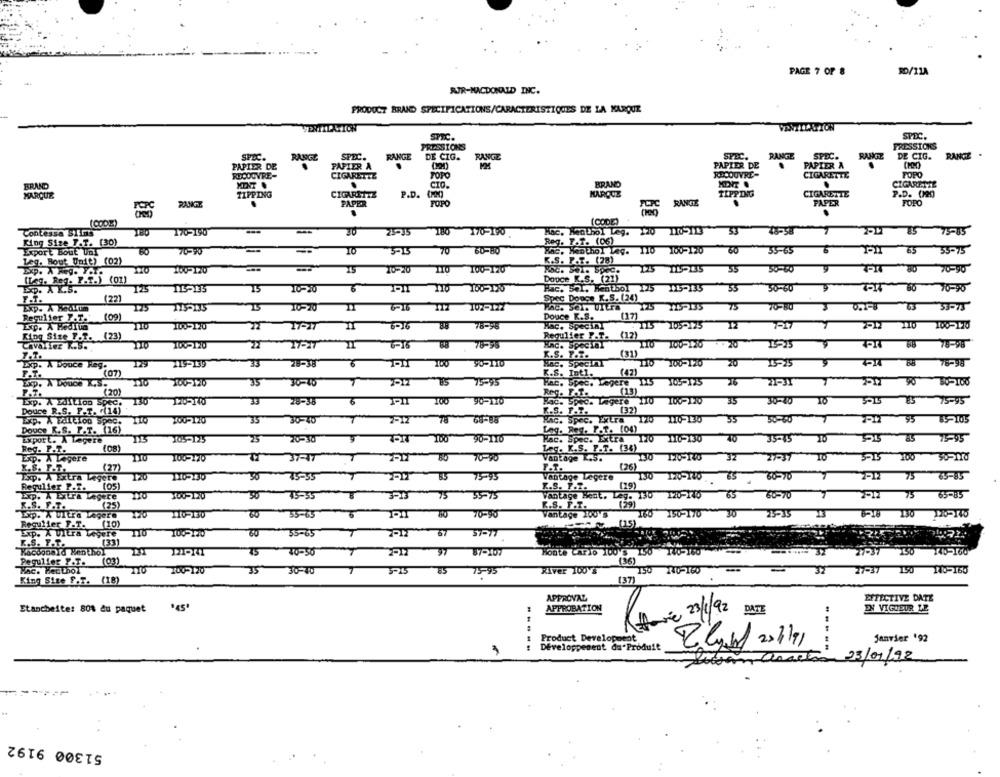
PAGE 7 OF 8
RD/11A
RJR-MACDONALD INC.
PRODUCT BRAND SPECIFICATIONS/CARACTERISTIQUES DE LA MARQUE
SPIC.
SPEC.
PRESSIONS
PRESSIONS
SPEC.
RANGE
SPEC.
RANGE
DE CIG.
RANGE
SPEC.
RANGE
SPEC.
RANGE
DE CIG.
RANGE
MM
PAPIER DE
PAPIER A
PAPIER DE
PAPIER A
RECOUVRE-
CIGARETTE
TOPO
RECOUVRE-
CIGARETTE
POPO
BRAND
.
CIO.
BRAND
CIGARETTE
MARQUE
TIPPING
CIGARETTE
P.D.
TIPPING
CIGARETTE
P.D. (1220)
PAPER
FORO
RANGE
PAPER
FORO
RANGI
(CODE)
(CODE)
Contessa SIin5
170-190
30
25-35
180 170-190
Hac, Menthol Leg. 220 105113 53 48-58
48-58
-
PH 85 75-85
King Size T.T. (30)
Reg. T.T. (06)
Export Bout Uni
70
33-75
70-20
10
60-80
Kac, Menthol Leg. 110 100-120 60 55-65
35-65
65
Leg. Bout Unit) (02)
K.S. P.T. (28)
100-120
10-20
100-120
225 115-35 55 50-60
30-50
PI1 30 70-90
(Leg, Reg. F.T.) (01)
Dopce K.S. (21)
T25
-35
30-60
EXP. A K.S.
113-135
15
10-20
110 100-120
Pac. SOL, Hentbol 125 115-135
T-14 60 10-90
F.T.
(22)
Spec Dooge K.S. (24)
Exp. A Medium
115-135
TS
6-15
102-127
HAč. Sel. Ultra 125 115-135
75
70-80
0.75-8 63 33-15
Regulier P.T.
(09]
Douce R.S.
(17)
100-120
78-96
Mac. Special
115 105-125 12
7-12 110
King Size F.T. (23)
Regulier P.T. (12)
Cavalier K.S.
100-120
17-27
78-95
Enc. Special
110 100-120 . 20
FIN 88 78-98
K.S. P.T.
(31)
Exp. A Douce Reg.
119-139
33
78-38
TOO
90-110
Bac, Speckh
110 100-120 20
15-15
PJ 68 78-98
F.T.
(07)
K.S. Int1.
(42)
35
Exp. A Douce K.S.
100-120
30-40
75-95
Hac. Spec. Legere 115 105-125 16
P.T.
(20)
Reg. F.T.
(13)
Exp. A Edition Spec.
33
28-38
6
100
90-110
Bad. Spec. Legere 110 10%-120
35
30-10
3015 85 15-95
Douce R.S. F.T. +(14)
K.S. F.T.
T.
(37)
Exp. A Faleion spec.
75
68-88
Nac. Spec. Extra 120 10-130 35
30-30
2013 95
5-105
ZOU-120
35 30-40
Douce K.S. P.T. (16)
Lag. Reg. F.T. (04)
Export. A Legere
105-125
25
20-30
90-110
Hac. Spec. Extra 120 116-130 10
35-15
355 85 15-95
Reg. P.T.
(08)
Leg. K.S. P.T. (34)
Exp. A Legere
100-120
1 37-47 7
50
70-80
Vantage K.S.
30 17-140 32
27-37 10
10
5515 100 50-110
x.S. F.T.
(27)
-
Exp. A Extra Legere
120
110-130
30 75-35
75-95
Vantage Legere
130 120-140 65 60-70 1
2-12 75 65-85
Regulier P.T.
(os)
K.S. P.T.
(29)
Exp. A Extra Legere
50 45-55
75
75 55-15
vantage Beat. Leg. 130 120-140 65 60-70 7
2-12 75 65-85
K.S. F.T.
(25)
K.S. F.T.
Exp. A Ultra Legere
110-130
vantage 100's
13
230
8 55-65
80 70-90
460 150-170 30 23-35 13
Regulier F.T.
(15)
Exp. A UItra Legere
100-120
60 55-65
37
5-77.
K.S. P.T.
(33)
Macdonald Nen thol
DT
75
40-50
87-107
Honte Cario 100's 150 140-150
27-37 350 140-160
Pegulier P.T.
(36)
T
Tac. Hecthol
100-120
35 30-40
75-95
Kiver 100'S
150 240-160
--
27-37 150 110-165
King Size F.F. (18)
(37)
APPROVAL
EFFECTIVE DATE
APPROBATION
Etancheite: 80% du paquet
Affare 23/1/92
DATE
EN VIGUEUR LE
Product Development
Janvier '92
Développement da"Produit
-----
3
-----
03/01/92
51300 9192